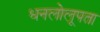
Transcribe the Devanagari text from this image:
धनलोलूपता